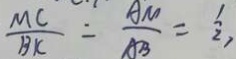
\frac { M C } { B K } = \frac { A M } { A B } = \frac { 1 } { 2 } ,